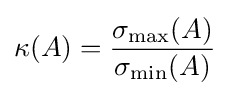
\kappa (A)={\frac {\sigma _{\text{max}}(A)}{\sigma _{\text{min}}(A)}}